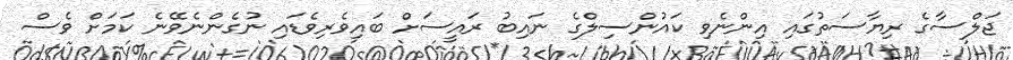
ޖަލްސާގެ ރިޔާސަތުގައި އިންނެވި ކައުންސިލްގެ ނައިބު ރައީސަށް ބައިވެރިވެޑައި ނުގެންނެވޭނެ ކަމަށް ވެސް